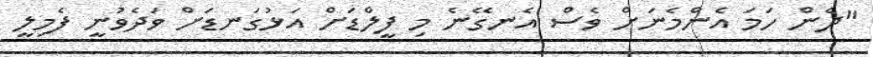
"ދެން ހަމަ އެންމެނަށް ވެސް އެނގޭނެ މި ފީލްޑަށް އަޅުގަނޑަށް ވަދެވުނީ ފެމިލީ